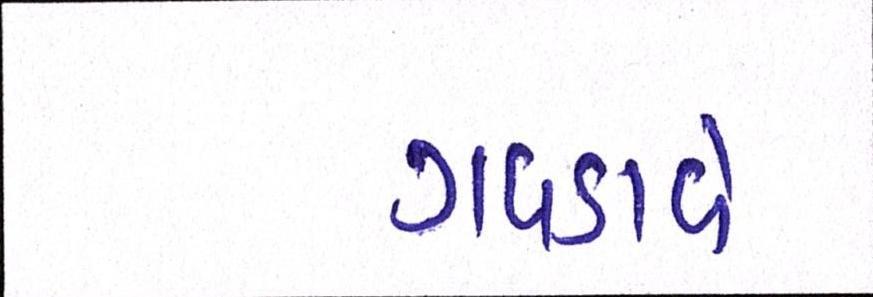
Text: ગવડાવે